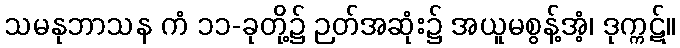
သမနုဘာသန ကံ ၁၁-ခုတို့၌ ဉတ်အဆုံး၌ အယူမစွန့်အံ့၊ ဒုက္ကဋ်။